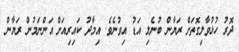
ދޮރު ހުޅުވާލިގޮތަށް ރަޔާން ބުނެލި އަޑު އިވުނެވެ. އިމާދު ކައިރިއަށް އަންނަމުން ރަޔާން